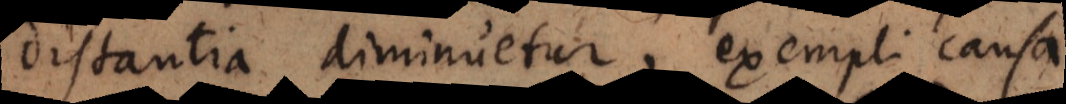
distantia diminuetur, exempli causa